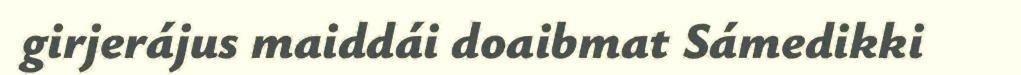
girjerájus maiddái doaibmat Sámedikki